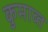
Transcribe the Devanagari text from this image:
कुमाव्त